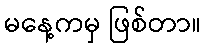
မနေ့ကမှ ဖြစ်တာ။